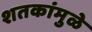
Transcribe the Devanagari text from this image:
शतकांमुळे